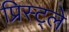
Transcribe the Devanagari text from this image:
प्रिस्ट्ले